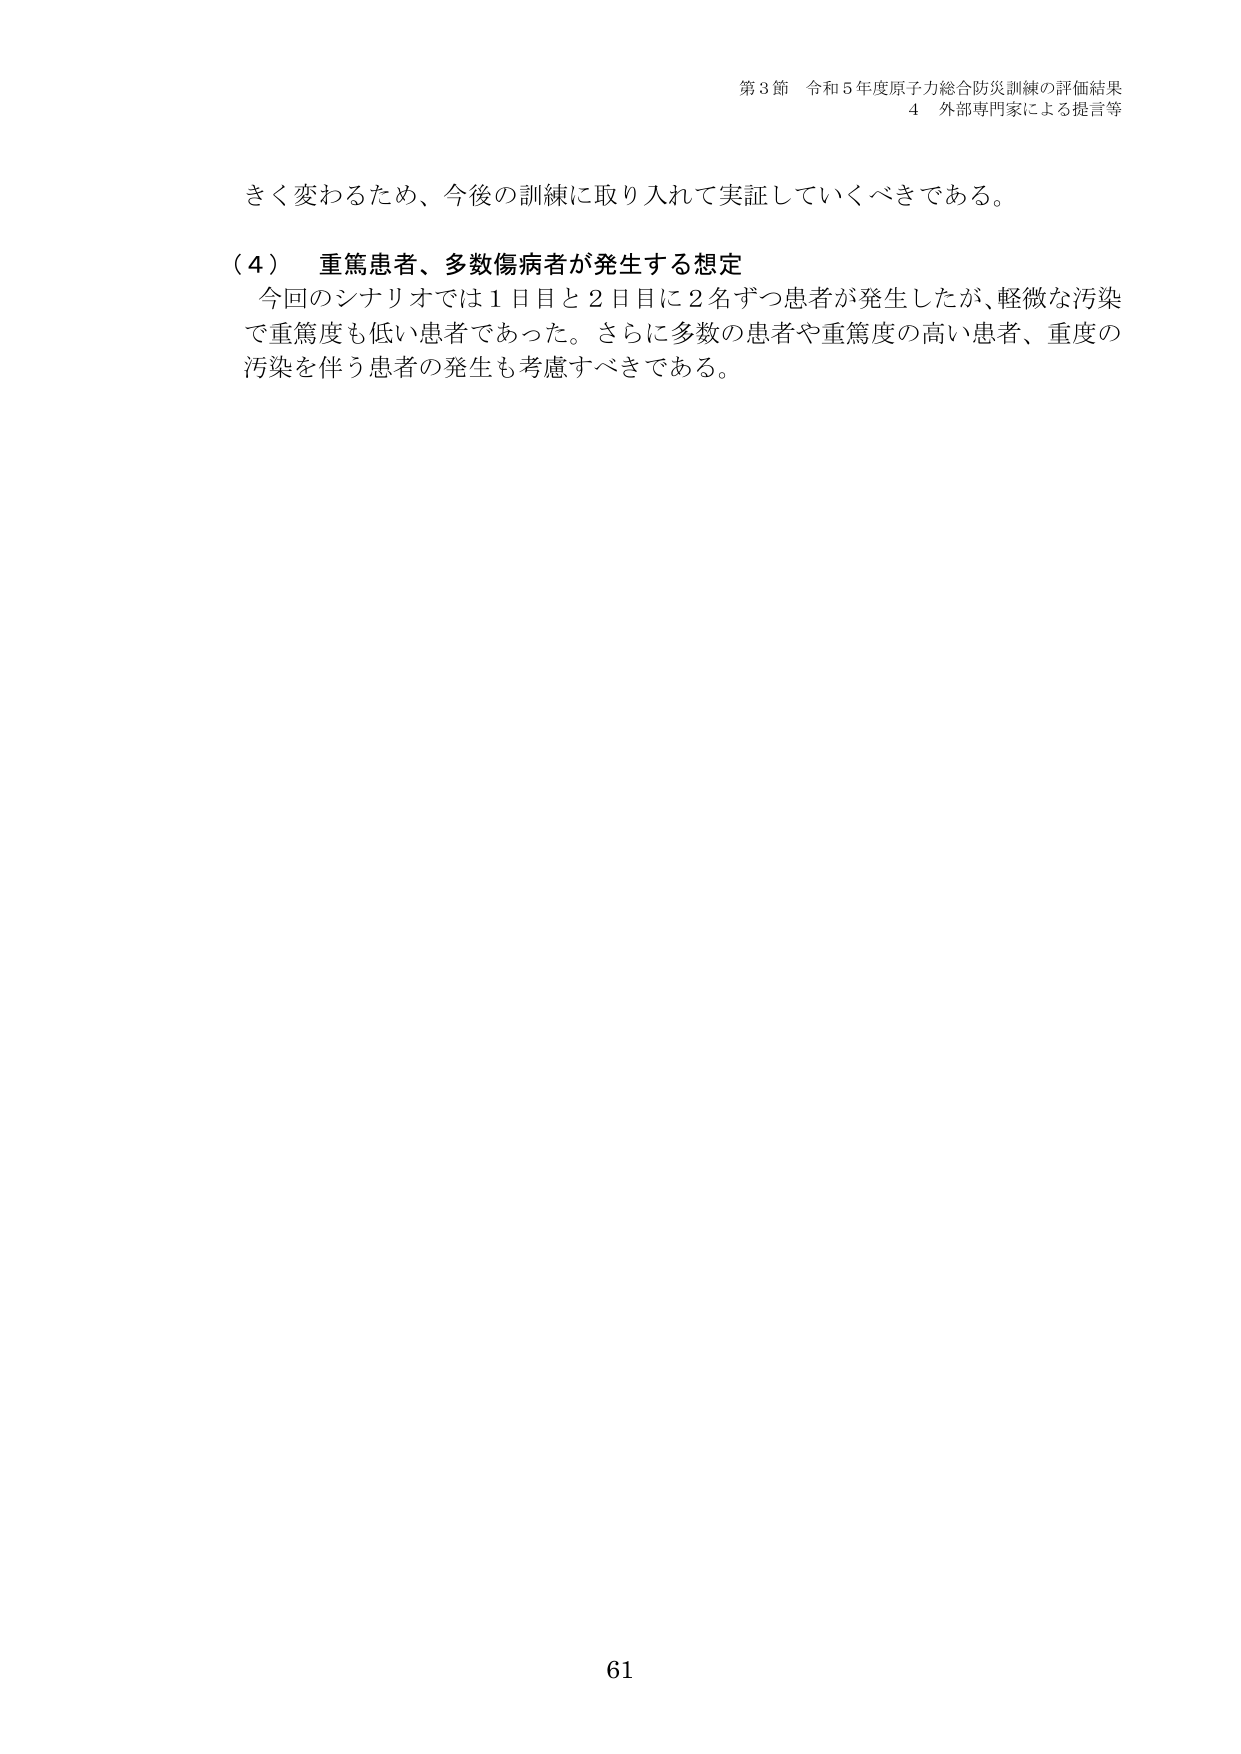
第3節 令和5年度原子力総合防災訓練の評価結果
4 外部専門家による提言等

きく変わるため、今後の訓練に取り入れて実証していくべきである。

（4） 重篤患者、多数傷病者が発生する想定
今回のシナリオでは1日目と2日目に2名ずつ患者が発生したが、軽微な汚染で重篤度も低い患者であった。さらに多数の患者や重篤度の高い患者、重度の汚染を伴う患者の発生も考慮すべきである。

61